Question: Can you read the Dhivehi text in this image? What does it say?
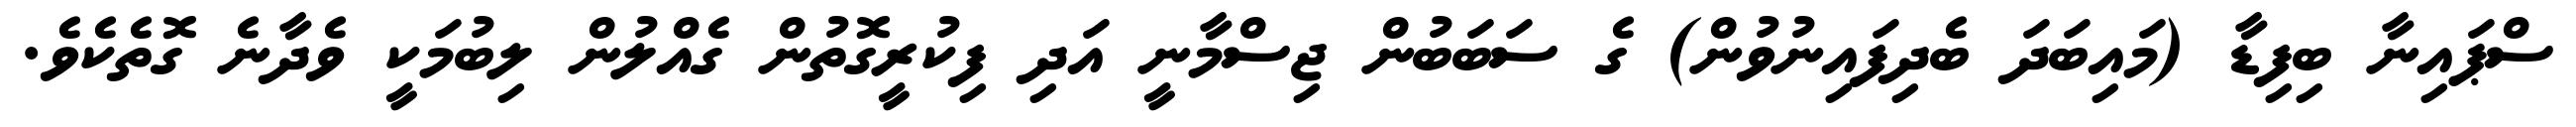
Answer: ސްޕައިނާ ބިފިޑާ (މައިބަދަ ބެދިފައިނުވުން) ގެ ސަބަބުން ޖިސްމާނީ އަދި ފިކުރީގޮތުން ގެއްލުން ލިބުމަކީ ވެދާނެ ގޮތެކެވެ.